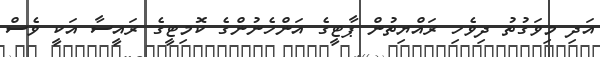
އަދި މިވަގުތު ދިވެހި ރައްޔިތުން ޕާޓީގެ އަންހެނުންގެ ކޮމިޓީގެ ރައީސާ އަކީ ވެސް